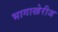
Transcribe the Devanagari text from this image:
भागाखेरीज